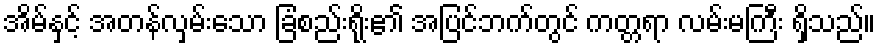
အိမ်နှင့် အတန်လှမ်းသော ခြံစည်းရိုး၏ အပြင်ဘက်တွင် ကတ္တရာ လမ်းမကြီး ရှိသည်။